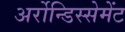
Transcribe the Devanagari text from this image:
अर्रोन्डिस्सेमेंट